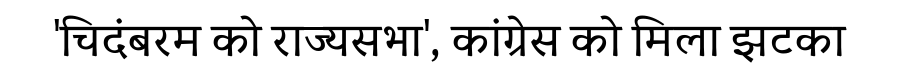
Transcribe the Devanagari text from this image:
'चिदंबरम को राज्यसभा', कांग्रेस को मिला झटका